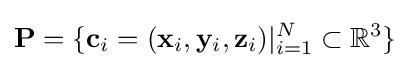
\mathbf {P} =\{\mathbf {c} _{i}=(\mathbf {x} _{i},\mathbf {y} _{i},\mathbf {z} _{i})\vert _{i=1}^{N}\subset \mathbb {R} ^{3}\}